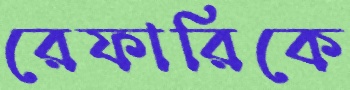
রেফারিকে